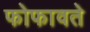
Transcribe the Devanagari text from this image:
फोफावते